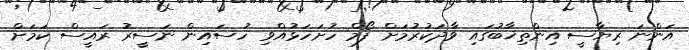
އަންނަ ރިޔާސީ އިންތިޚާބުގައި ވާދަކުރުމަށް ފޯމް ހުށަހަޅުއްވި ހުސައިން ނަސީރު ރައީސް ކަމަށް